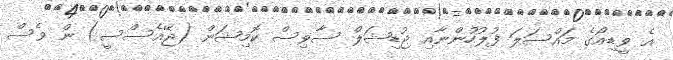
އެ ވީޑިއޯގެ މައްސަލަ ފުލުހުންނާއި ޖުޑިޝަލް ސާވިސް ކޮމިޝަން (ޖޭއެސްސީ) ން ވެސް